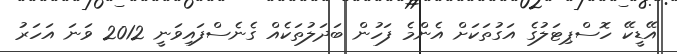
އޭޑީކޭ ހޮސްޕިޓަލުގެ އަގުތަކަށް އެންމެ ފަހުން ބަދަލުތަކެއް ގެނެސްފައިވަނީ 2012 ވަނަ އަހަރު